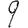
Digit: 9